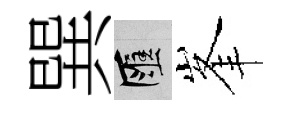
巽匯峯